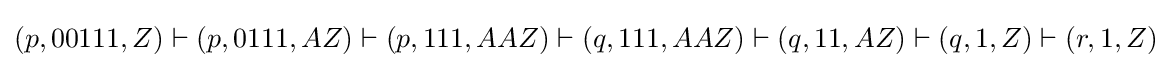
(p,00111,Z)\vdash (p,0111,AZ)\vdash (p,111,AAZ)\vdash (q,111,AAZ)\vdash (q,11,AZ)\vdash (q,1,Z)\vdash (r,1,Z)